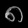
Digit: ၈